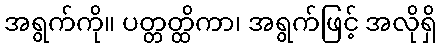
အရွက်ကို။ ပတ္တတ္ထိကာ၊ အရွက်ဖြင့် အလိုရှိ